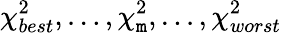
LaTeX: \chi_{best}^{2},\ldots,\chi_{\mathtt{m}}^{2},\ldots,\chi_{worst}^{2}